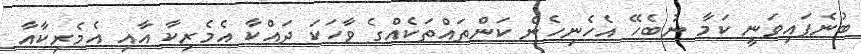
ބުނެފައިވަނީ ކަމާ ނުބެހޭ އެހެނިހެން ކަންތައްތަކެއްގެ ވާހަކަ ދައްކާ އެމެރިކާ އާއި އެމެރިކާއާ